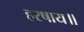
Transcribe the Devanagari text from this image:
हरषाय॥